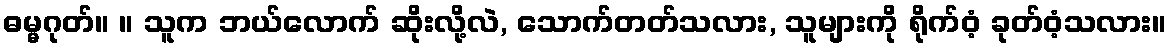
ဓမ္မဂုတ်။ ။ သူက ဘယ်လောက် ဆိုးလို့လဲ, သောက်တတ်သလား, သူများကို ရိုက်ဝံ့ ခုတ်ဝံ့သလား။